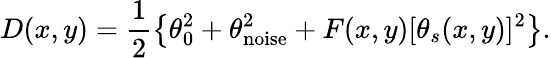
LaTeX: D(x,y)=\frac{1}{2}\left\{ \theta_{0}^{2}+\theta_{\textrm{noise}}^{2}+F(x,y)[\theta_{s}(x,y)]^{2}\right\} .